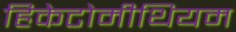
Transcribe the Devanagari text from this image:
हिकेटोमीथियम